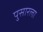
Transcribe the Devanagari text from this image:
पुसारला